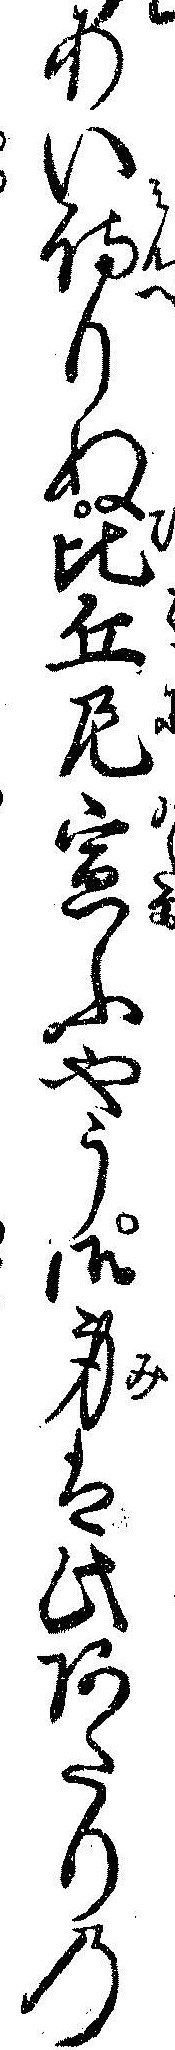
あい侍りぬ比丘尼宣ふやう御身は此あたりの